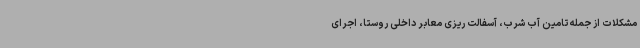
مشکلات از جمله تامین آب شرب، آسفالت ریزی معابر داخلی روستا، اجرای